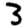
Digit: 3